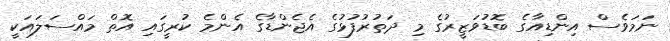
ނަމަވެސް އިންޑިއާގެ ބޮޑުވަޒީރުގެ މި ދަތުރުފުޅުގެ އެޖެންޑާގެ އެންމެ ކުރީގައި އޮތް މައްސަލައަކީ